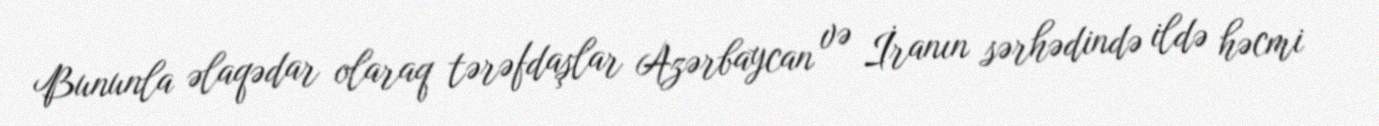
Bununla əlaqədar olaraq tərəfdaşlar Azərbaycan və İranın sərhədində ildə həcmi